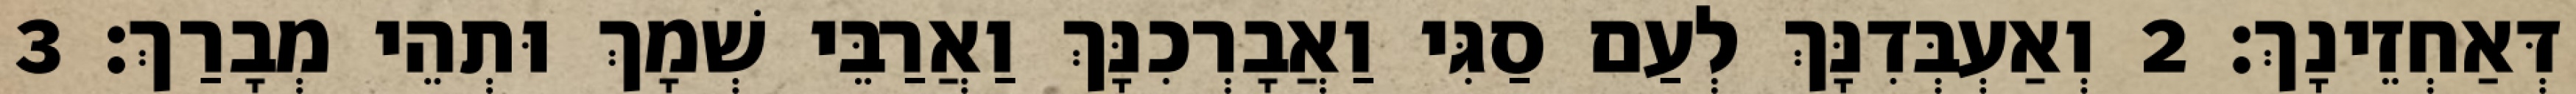
דְּאַחְזֵינָךְ׃ 2 וְאַעְבְּדִנָּךְ לְעַם סַגִּי וַאֲבָרְכִנָּךְ וַאֲרַבֵּי שְׁמָךְ וּתְהֵי מְבָרַךְ׃ 3